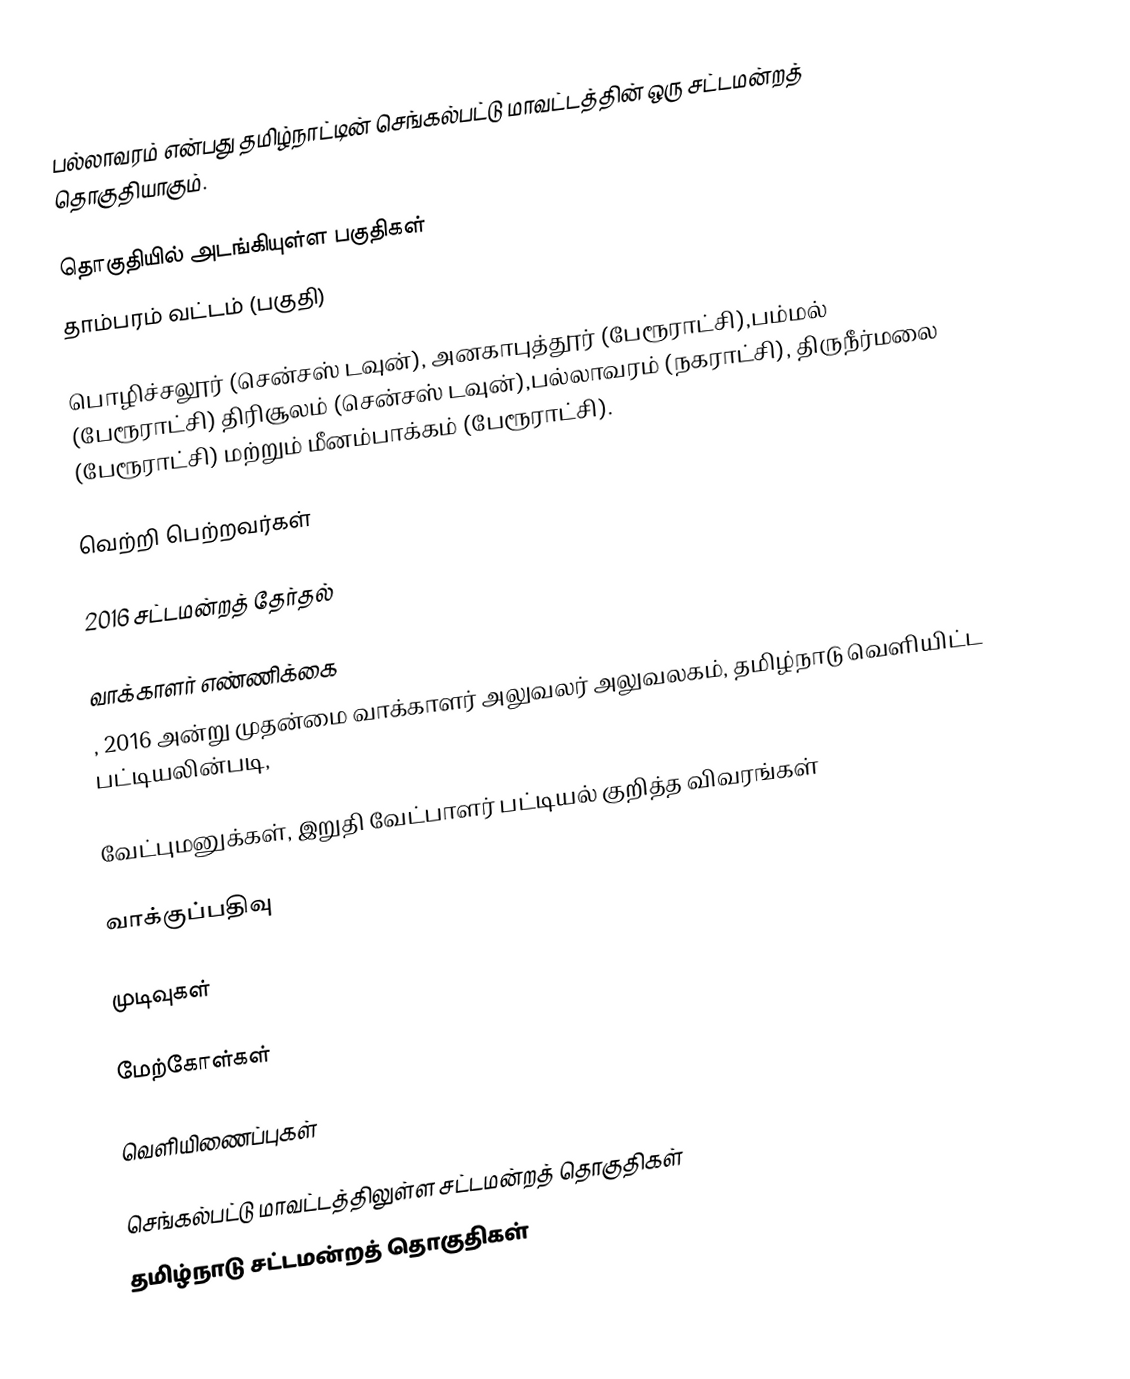
பல்லாவரம் என்பது தமிழ்நாட்டின் செங்கல்பட்டு மாவட்டத்தின் ஒரு சட்டமன்றத் தொகுதியாகும்.

தொகுதியில் அடங்கியுள்ள பகுதிகள்
 தாம்பரம் வட்டம் (பகுதி)

பொழிச்சலூர் (சென்சஸ் டவுன்), அனகாபுத்தூர் (பேரூராட்சி),பம்மல் (பேரூராட்சி) திரிசூலம் (சென்சஸ் டவுன்),பல்லாவரம் (நகராட்சி), திருநீர்மலை (பேரூராட்சி) மற்றும் மீனம்பாக்கம் (பேரூராட்சி).

வெற்றி பெற்றவர்கள்

2016 சட்டமன்றத் தேர்தல்

வாக்காளர் எண்ணிக்கை
, 2016 அன்று முதன்மை வாக்காளர் அலுவலர் அலுவலகம், தமிழ்நாடு வெளியிட்ட பட்டியலின்படி,

வேட்புமனுக்கள், இறுதி வேட்பாளர் பட்டியல் குறித்த விவரங்கள்

வாக்குப்பதிவு

முடிவுகள்

மேற்கோள்கள்

வெளியிணைப்புகள்

செங்கல்பட்டு மாவட்டத்திலுள்ள சட்டமன்றத் தொகுதிகள்
தமிழ்நாடு சட்டமன்றத் தொகுதிகள்